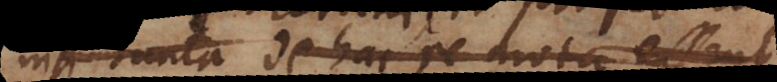
tanta de hac re mota essent